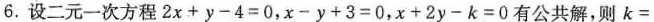
6.设二元一次方程$$2 x + y - 4 = 0$$，$$x - y + 3 = 0$$，$$x + 2 y - k = 0$$有公共解，则$$k =$$